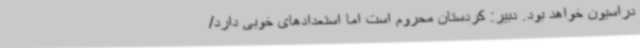
دراسیون خواهد بود. دبیر: کردستان محروم است اما استعدادهای خوبی دارد/